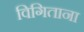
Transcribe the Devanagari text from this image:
विगिताना